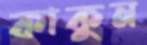
কাকুন